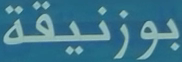
بوزنيقة